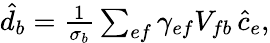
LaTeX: \begin{array}{r}{\hat{d}_{b}=\frac{1}{\sigma_{b}}\sum_{ef}\gamma_{ef}V_{fb}\, \hat{c}_{e},}\end{array}